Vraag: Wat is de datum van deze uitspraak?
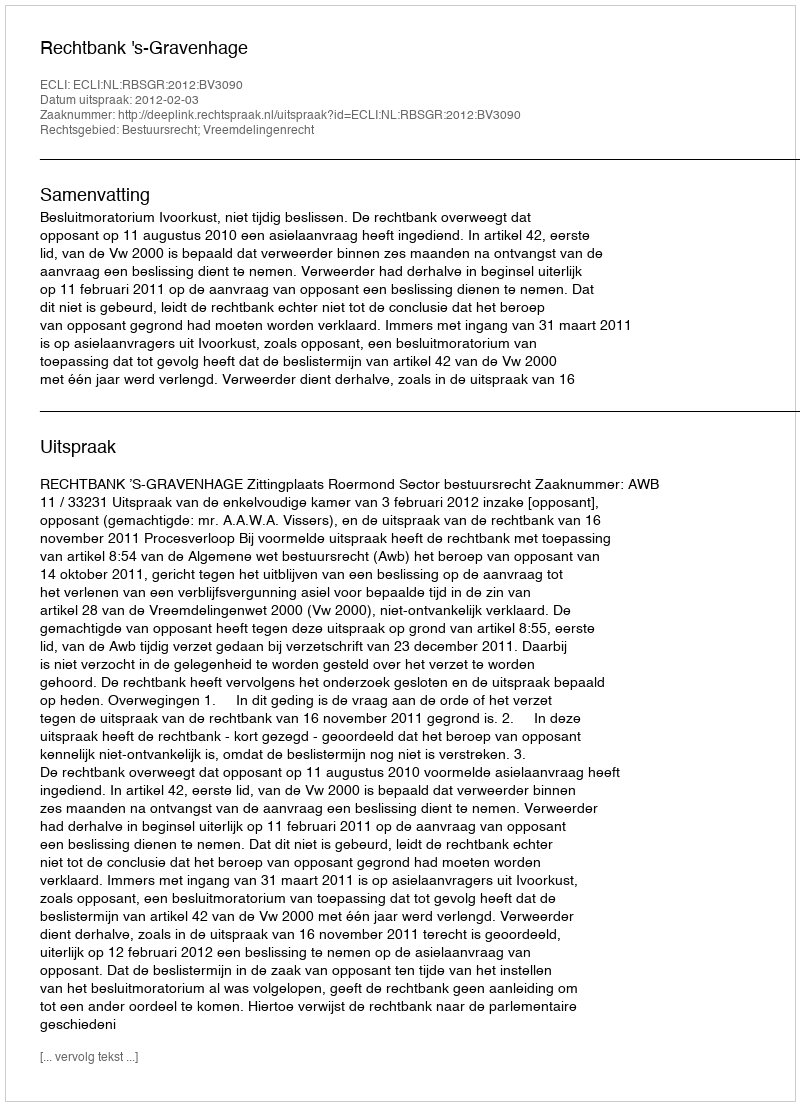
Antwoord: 2012-02-03